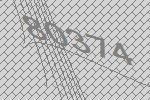
80374